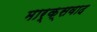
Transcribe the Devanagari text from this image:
मार्क्‍सवाद